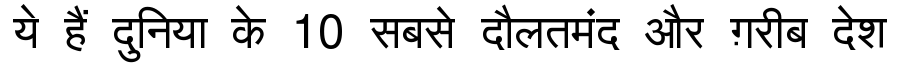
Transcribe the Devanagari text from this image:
ये हैं दुनिया के 10 सबसे दौलतमंद और ग़रीब देश